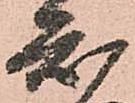
知